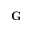
\mathbf { G }